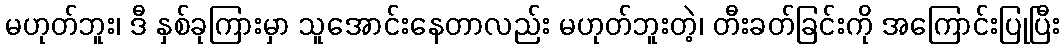
မဟုတ်ဘူး၊ ဒီ နှစ်ခုကြားမှာ သူအောင်းနေတာလည်း မဟုတ်ဘူးတဲ့၊ တီးခတ်ခြင်းကို အကြောင်းပြုပြီး